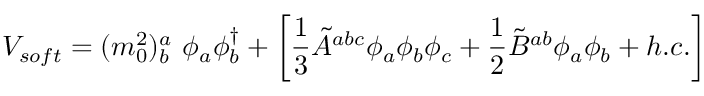
V _ { s o f t } = ( m _ { 0 } ^ { 2 } ) _ { b } ^ { a } ~ \phi _ { a } \phi _ { b } ^ { \dag } + \biggl [ \frac { 1 } { 3 } { \tilde { A } } ^ { a b c } \phi _ { a } \phi _ { b } \phi _ { c } + \frac { 1 } { 2 } { \tilde { B } } ^ { a b } \phi _ { a } \phi _ { b } + h . c . \biggr ]